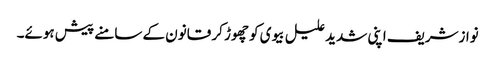
نوازشریف اپنی شدید علیل بیوی کو چھوڑ کر قانون کے سامنے پیش ہوئے۔